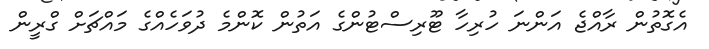
އެގޮތުން ރާއްޖެ އަންނަ ހުރިހާ ޓޫރިސްޓުންގެ އަތުން ކޮންމެ ދުވަހެއްގެ މައްޗަށް ގްރީން